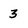
Character: 3